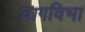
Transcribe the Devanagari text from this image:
वागविभा